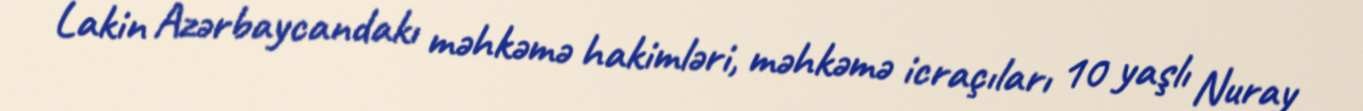
Lakin Azərbaycandakı məhkəmə hakimləri, məhkəmə icraçıları 10 yaşlı Nuray